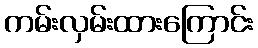
ကမ်းလှမ်းထားကြောင်း